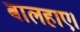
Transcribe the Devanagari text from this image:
बालहाए।